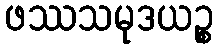
ဖဿသမုဒယဉ္စ